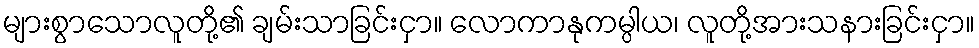
များစွာသောလူတို့၏ ချမ်းသာခြင်းငှာ။ လောကာနုကမ္ပါယ၊ လူတို့အားသနားခြင်းငှာ။